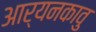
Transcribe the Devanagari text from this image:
आर्यनकावु